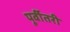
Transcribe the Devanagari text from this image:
पूर्वीतरी